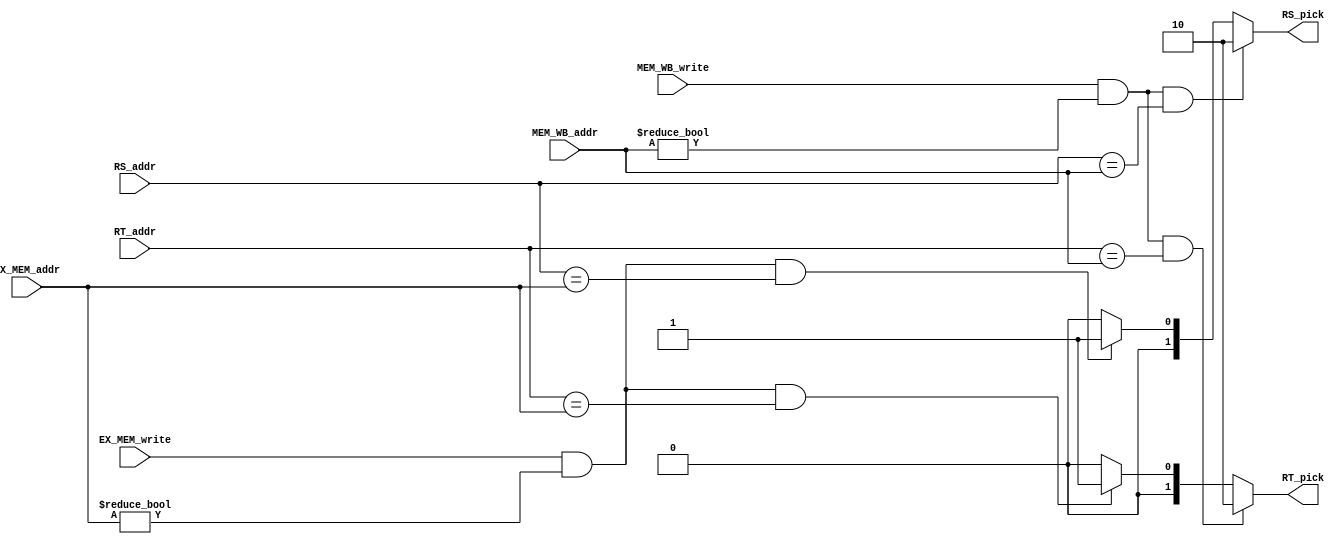
`timescale 1ns / 1ps
//0810740
//////////////////////////////////////////////////////////////////////////////////
// Company: 
// Engineer: 
// 
// Design Name: 
// Module Name: Forwarding
// Project Name: 
// Target Devices: 
// Tool Versions: 
// Description: 
// 
// Dependencies: 
// 
// Revision:
// Revision 0.01 - File Created
// Additional Comments:
// 
//////////////////////////////////////////////////////////////////////////////////

module Forwarding(
    RS_addr,
    RT_addr,
    EX_MEM_write,
    EX_MEM_addr,
    MEM_WB_write,
    MEM_WB_addr,
    RS_pick,
    RT_pick
    );

input [4:0] RS_addr;
input [4:0] RT_addr;
input       EX_MEM_write;
input [4:0] EX_MEM_addr;
input       MEM_WB_write;
input [4:0] MEM_WB_addr;
// 0  from ID/EX
// 1  from EX/MEM
// 2  from MEM/WB
output reg [1:0] RS_pick;
output reg [1:0] RT_pick;

always @(*) begin
    // deal with rs
    if(MEM_WB_write && MEM_WB_addr!=0 && RS_addr==MEM_WB_addr)
        RS_pick <= 2;
    else if(EX_MEM_write && EX_MEM_addr!=0 && RS_addr==EX_MEM_addr)
        RS_pick <= 1;
    else
        RS_pick <= 0;

    // deal with rt
    if(MEM_WB_write && MEM_WB_addr!=0 && RT_addr==MEM_WB_addr)
        RT_pick <= 2;
    else if(EX_MEM_write && EX_MEM_addr!=0 && RT_addr==EX_MEM_addr)
        RT_pick <= 1;
    else
        RT_pick <= 0;
end

endmodule